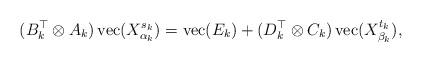
LaTeX: \begin{align*}(B_k^{\top} \otimes A_k) \operatorname{vec}(X_{\alpha_k}^{s_k}) = \operatorname{vec}(E_k) + (D_k^\top \otimes C_k)\operatorname{vec}(X_{\beta_k}^{t_k}),\end{align*}